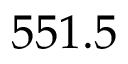
5 5 1 . 5